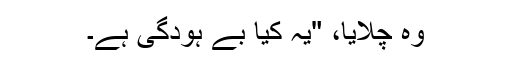
وہ چلایا، "یہ کیا بے ہودگی ہے۔